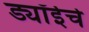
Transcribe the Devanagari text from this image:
ड्यॉईचे